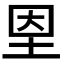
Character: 𡋘